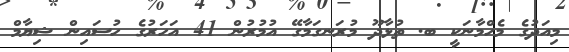
މިއަދުގެ މެހްމާނަކީ ބ. ތުޅާދޫ މުރަނގަމާގޭ އުމުރުން 41 އަހަރުގެ ހުސައިން ޝިޔާމް